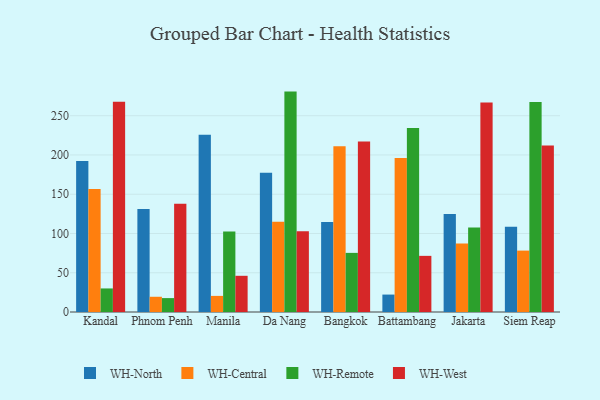
{"axis": {"x": "City", "y": "Website Visitors"}, "legend": ["WH-Central", "WH-North", "WH-Remote", "WH-West"], "data": [{"x": "Kandal", "y": 192.3, "type": "WH-North"}, {"x": "Kandal", "y": 156.8, "type": "WH-Central"}, {"x": "Kandal", "y": 30.0, "type": "WH-Remote"}, {"x": "Kandal", "y": 267.9, "type": "WH-West"}, {"x": "Phnom Penh", "y": 131.3, "type": "WH-North"}, {"x": "Phnom Penh", "y": 19.4, "type": "WH-Central"}, {"x": "Phnom Penh", "y": 17.7, "type": "WH-Remote"}, {"x": "Phnom Penh", "y": 138.0, "type": "WH-West"}, {"x": "Manila", "y": 225.9, "type": "WH-North"}, {"x": "Manila", "y": 20.5, "type": "WH-Central"}, {"x": "Manila", "y": 102.6, "type": "WH-Remote"}, {"x": "Manila", "y": 46.1, "type": "WH-West"}, {"x": "Da Nang", "y": 177.3, "type": "WH-North"}, {"x": "Da Nang", "y": 114.9, "type": "WH-Central"}, {"x": "Da Nang", "y": 280.7, "type": "WH-Remote"}, {"x": "Da Nang", "y": 103.0, "type": "WH-West"}, {"x": "Bangkok", "y": 114.6, "type": "WH-North"}, {"x": "Bangkok", "y": 211.2, "type": "WH-Central"}, {"x": "Bangkok", "y": 75.3, "type": "WH-Remote"}, {"x": "Bangkok", "y": 217.2, "type": "WH-West"}, {"x": "Battambang", "y": 22.2, "type": "WH-North"}, {"x": "Battambang", "y": 196.0, "type": "WH-Central"}, {"x": "Battambang", "y": 234.3, "type": "WH-Remote"}, {"x": "Battambang", "y": 71.5, "type": "WH-West"}, {"x": "Jakarta", "y": 124.8, "type": "WH-North"}, {"x": "Jakarta", "y": 87.1, "type": "WH-Central"}, {"x": "Jakarta", "y": 107.7, "type": "WH-Remote"}, {"x": "Jakarta", "y": 266.8, "type": "WH-West"}, {"x": "Siem Reap", "y": 108.7, "type": "WH-North"}, {"x": "Siem Reap", "y": 78.2, "type": "WH-Central"}, {"x": "Siem Reap", "y": 267.6, "type": "WH-Remote"}, {"x": "Siem Reap", "y": 211.9, "type": "WH-West"}]}